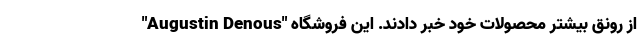
"Augustin Denous" از رونق بیشتر محصولات خود خبر دادند. این فروشگاه